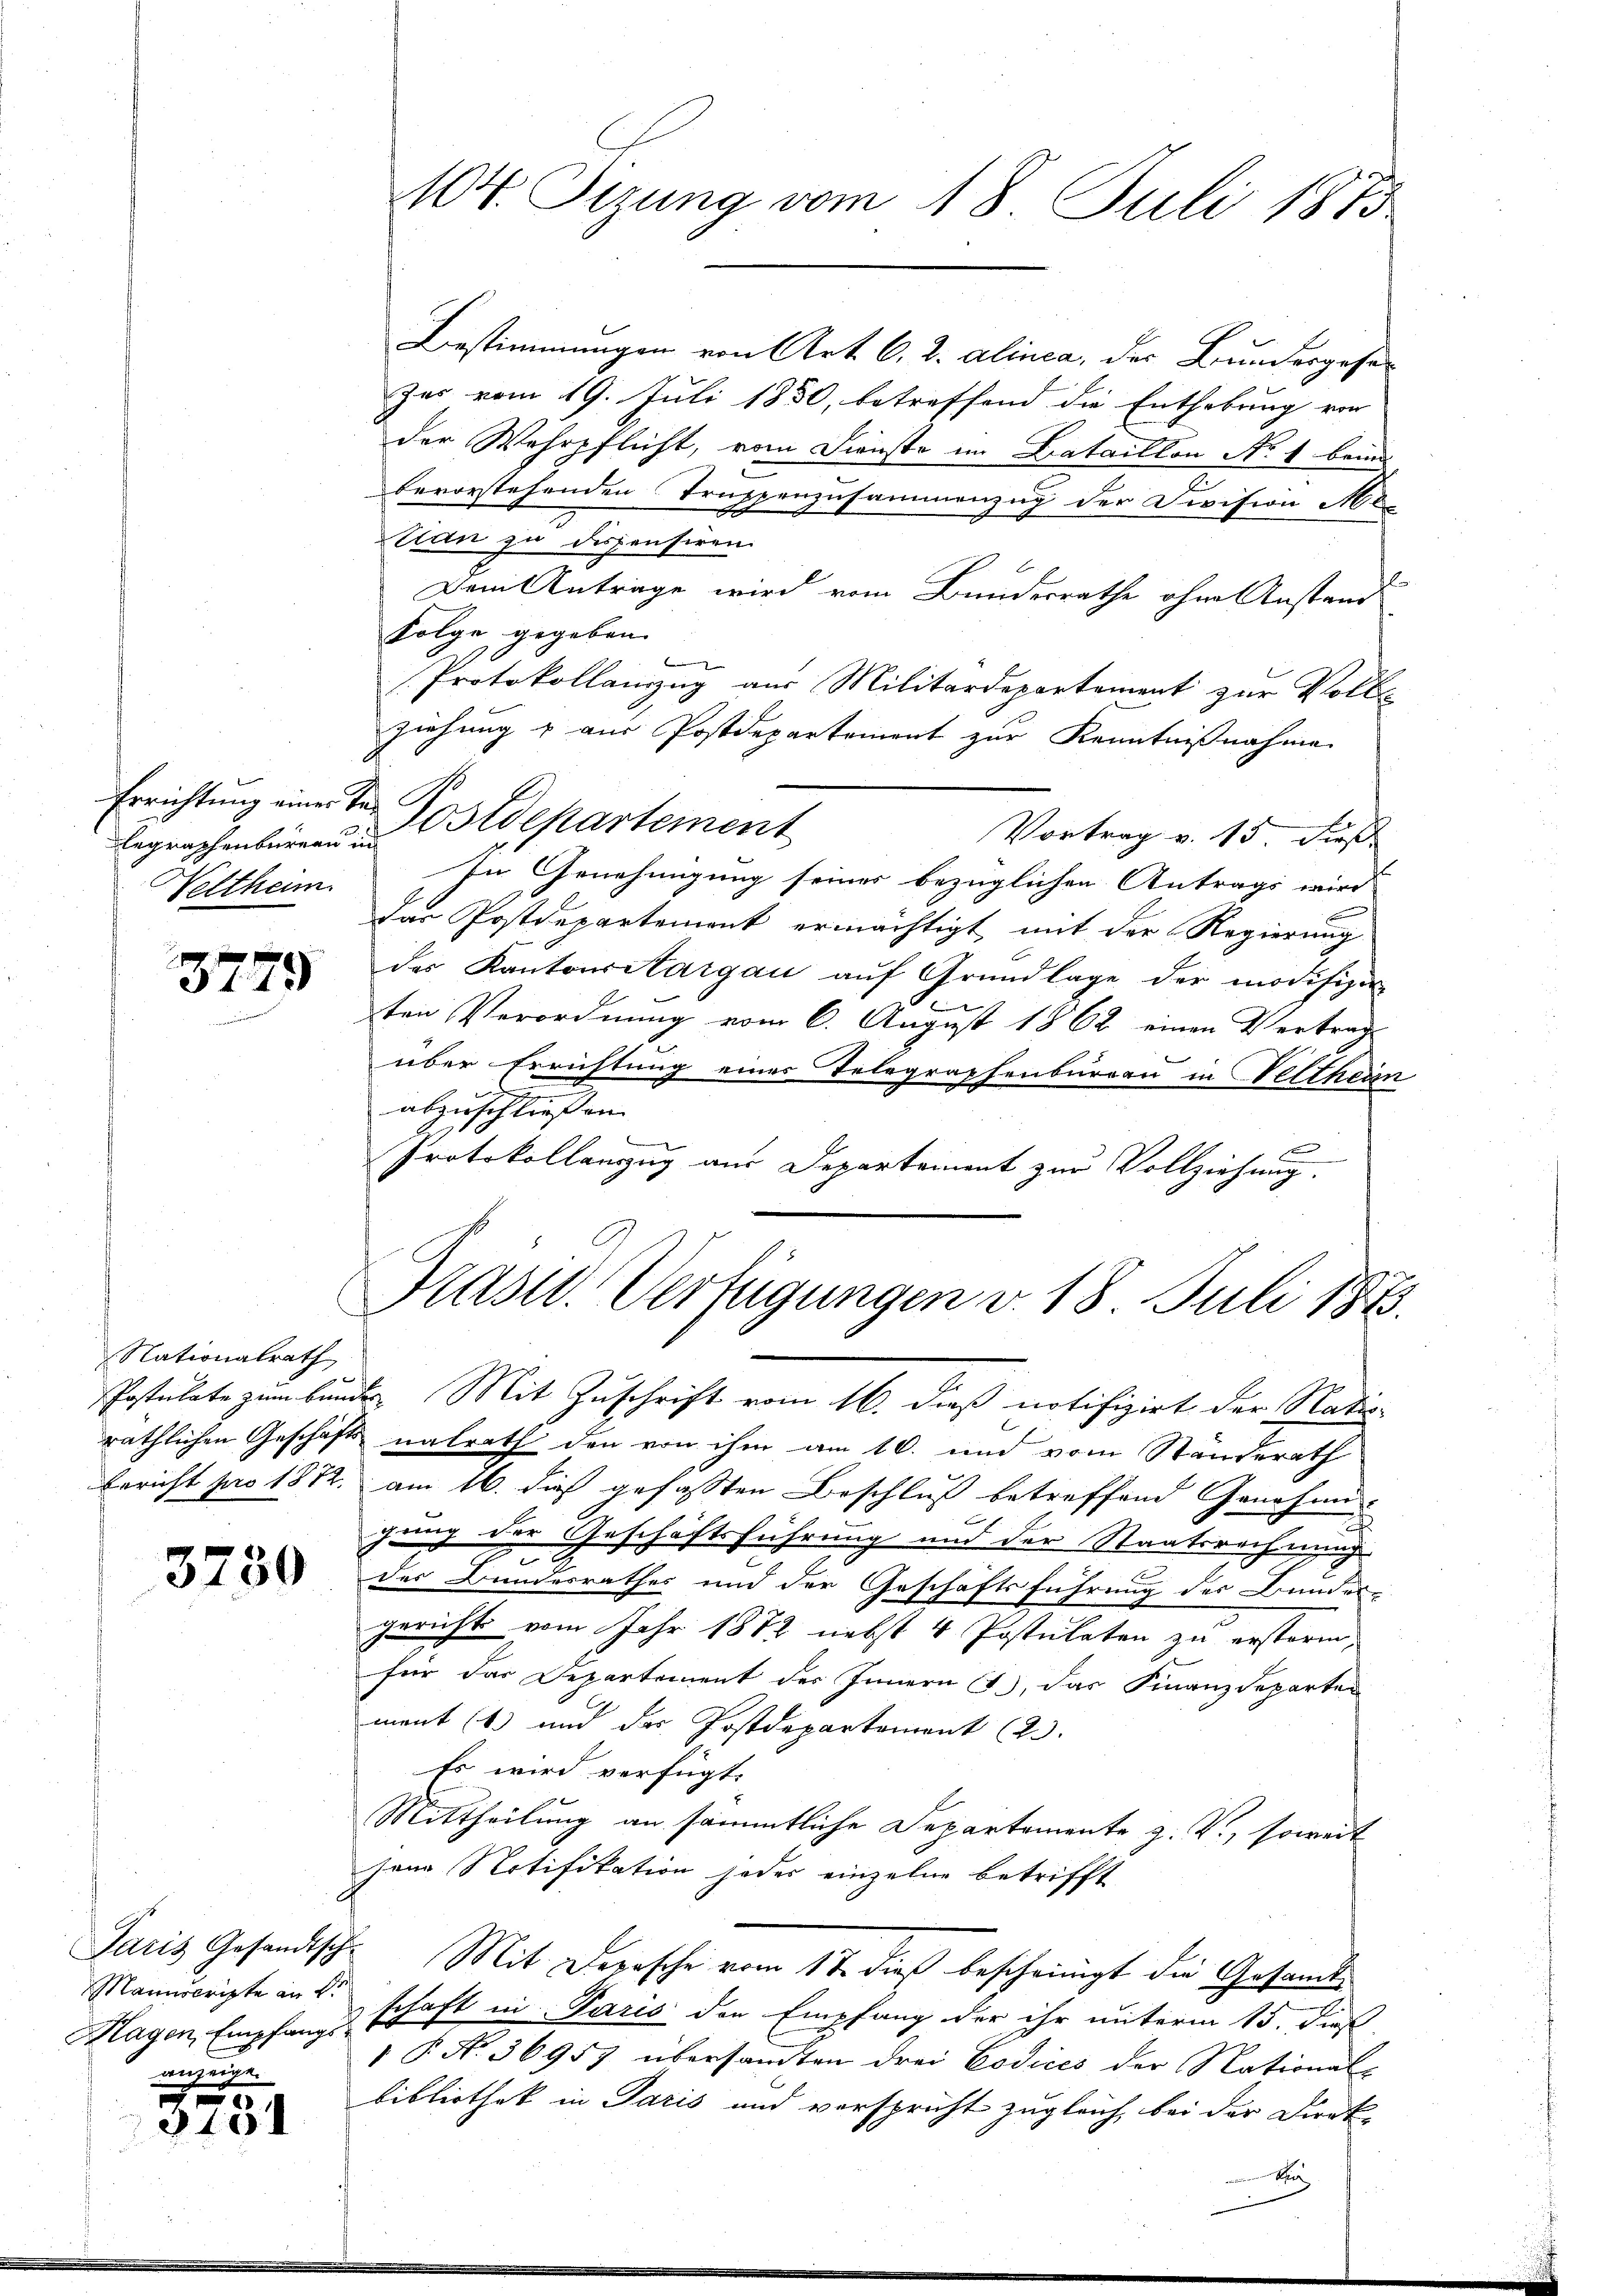
Legraphenbureau in
Veltheim.

3779

Nationalrath

3730

Magen, Empfangs-
anzeige

10
2101

104. Sizung vom 18. Juli 1875

Prast. Verfügungen v. 18. Juli 1873.

Postulate zum Bunde. Mit Zuschrift vom 16. dieß notifizirt der Natio-
räthlichen Geschäfts natrath den von ihm am 10. und vom Ständerath
bericht pro 1812. am 16. dieß gefassten Beschluß betreffend Genehmi
gung der Geschäftsführung und der Staatsrechnung
e
des Bundesrathes und der Geschäftsführung des Bundes-
gerichts vom Jahr 1872 nebst 4 Postulaten zu erstoren,
für das Departement des Innern (), das Finanzdeparten
ment (s. und der Postdepartement (23.
Es wird verfügt:
Mittheilung an sämmtliche Departemente z. V., soweit
jene Notifikation jeder einzelne betrifft
Paris Gesandische Mit Depesche vom 17. dieß bescheinigt die Gesandte
Manuscripte ausschaft in Paris der Empfang der ihr unterm 15. dieß
 P. N. 36957 übersammten drei Codices der National-
bibliothek in Paris und verspricht zugleich, bei der Direk-
A

Bestimmungen von Art. 6. d. alinea, der Bundesgesezes vom 19. Juli 1850, betreffend die Enthebung von
der Wehrpflicht, vom Dienste im Bataillon No 1 beim
bevorstehenden Truppenzusammenzug der Division Mex
tan zu dispensiren.
l
Dem Antrage wird vom Bundesrathe ohne Anstaat
Folge gegeben.
Protokollanzug aus Militärdepartement zur Voll-
ziehung & aus Postdepartement zur Kenntnißnahme.
Errichtung einer der Postdepartement
Vortrag v. 15 dieß
In Genehmigung seines bezüglichen Antrags wird
Das Postdepartement ermächtigt, mit der Regierung
des Kantonsitargau auf Grundlage der modifizer-
ten Verordnung vom 6. August 1862 einen Vertrag
über Errichtung eines Telegraphenburgau in Velthein
abzuschliessen.
Protokollanzug aus Departement zur Vollziehung.